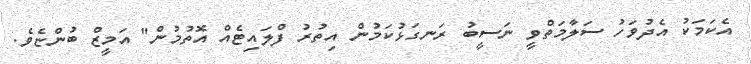
އެކަމަކު އެދުވަހު ސަލާމަތްވީ ނަސީބު ރަނގަޅުކަމުން އިތުރު ފްލައިޓެއް އޮތުމުން" އަމީޒް ބުންޏެވެ.